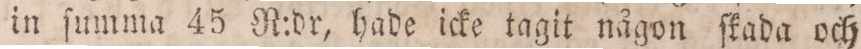
in ſumma 45 N:dr, hade icke tagit någon ſkada och